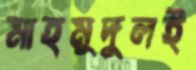
মাহমুদুলই